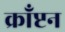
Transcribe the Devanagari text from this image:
क्राँप्टन